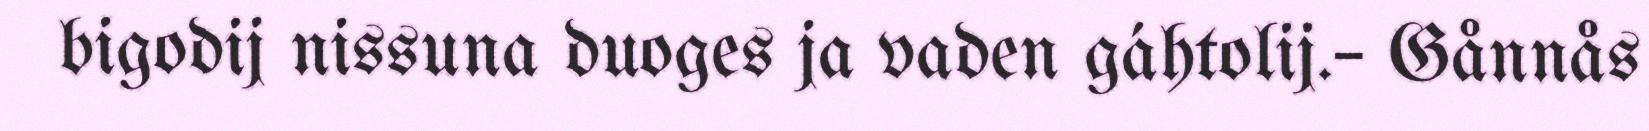
bigodij nissuna duoges ja vaden gáhtolij.– Gånnås